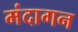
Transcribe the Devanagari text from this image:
मंदागन